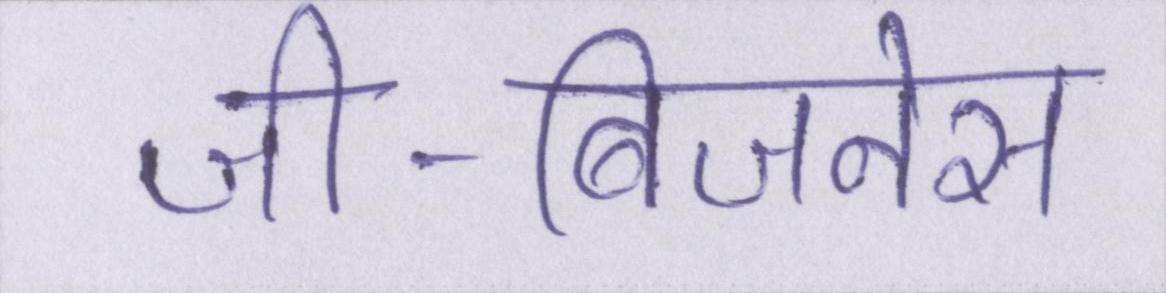
जी-बिजनेस